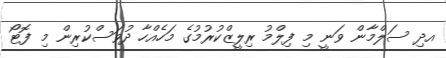
އދި ސަލްމާން ވަނީ މި ފިލްމު ރިލީޒްކުރުމުގެ މަހެއްހާ ދުވަސްކުރިން މި ފޮޓޯ